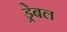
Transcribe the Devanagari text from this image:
ड्रेबल